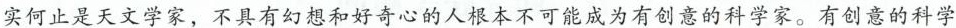
实何止是天文学家，不具有幻想和好奇心的人根本不可能成为有创意的科学